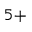
^ { 5 + }